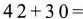
$$42+30= $$